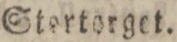
Stortorget.